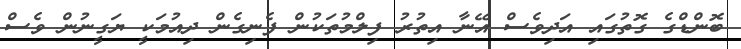
ބޮންޑްގެ ގޮތުގައި އަދިވެސް އޭނާ އިތުރު ފިލްމުތަކުން ފެނިގެން ދިއުމަކީ ޔަގީނުން ވެސް